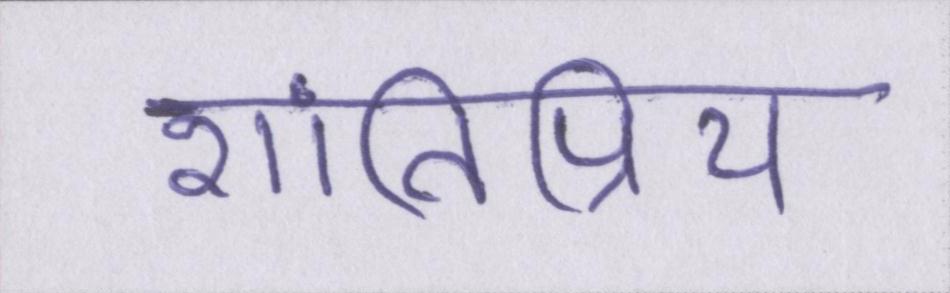
शांतिप्रिय